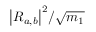
{ \left| R _ { a , b } \right| } ^ { 2 } / \sqrt { m _ { 1 } }